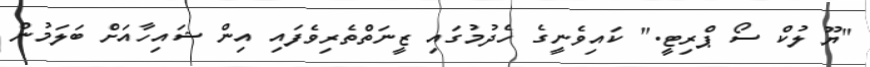
"ޔޫ ލުކް ސޯ ޕްރިޓީ." ކައިވެނީގެ ހެދުމުގައި ޒީނަތްތެރިވެފައި އިން ޝައިހާއަށް ބަލަމުން